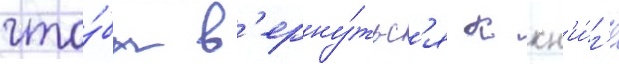
что́бы в'ерну́тьс'я к кн'и́г'е